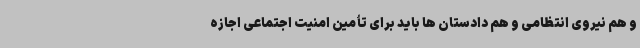
و هم نیروی انتظامی و هم دادستان ها باید برای تأمین امنیت اجتماعی اجازه